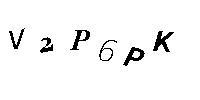
V2P6PK